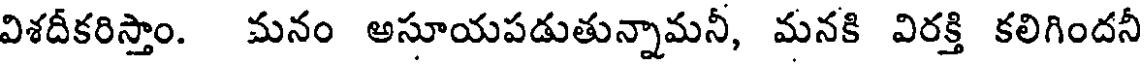
విశదీకరిస్తాం. మనం అసూయపడుతున్నామనీ, మనకి విరక్తి కలిగిందనీ